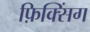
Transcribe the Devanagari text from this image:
फ़िक्सिंग